Vaccination United Provinces of Agra and Oudh 1923-1928 - 1923-1928
Year: 1923
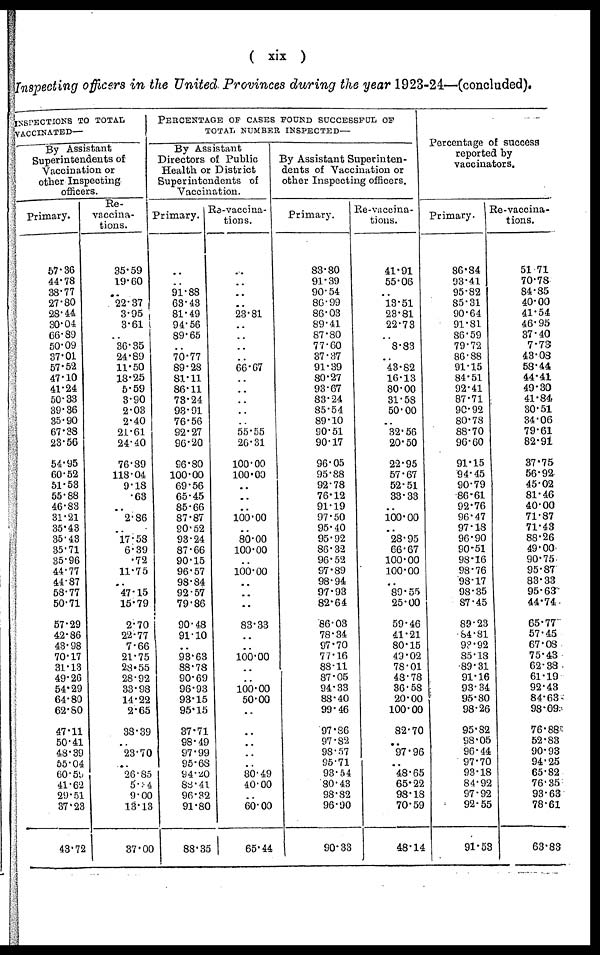
( xix )
Inspecting officers in the United Provinces during the year 1923-24—(concluded).
INSPECTIONS TO TOTAL
VACCINATED—
By Assistant
Superintendents of
Vaccination or
other Inspecting
officers.
Primary.
57.36
44.78
38.77
27.80
28.44
30.04
36.89
50.09
37.01
57.52
47.10
41.24
50.33
39.36
35.90
67.38
23.56
54.95
60.52
51.53
55.88
46.83
31.21
35.43
35.43
35.71
35.96
44.77
44.87
58.77
50.71
57.29
42.86
43.98
70.17
31.13
49.26
54.29
64.80
62.80
47.11
50.41
48.39
55.04
60.59
41.62
29.51
37.23
43.72
Re¬
vaccina¬
tions.
35.59
19.60
.. 22.37
3.95
3.61
.. 36.35
24.89
11.50
18.25
5.59
3.90
2.03
2.40
21.61
24.40
76.89
118.04
9.18
.63
.. 2.86
..
17.58
6.39
.72
11.75
.. 47.15
15.79
2.70
22.77
7.66
21.75
28.55
28.92
33.98
14.22
2.65
38.39
..
23.70
..
26.85
5.14
9.00
13.13
37.00
PERCENTAGE OF CASES FOUND SUCCESSFUL OF
TOTAL NUMBER INSPECTED—
By Assistant
Directors of Public
Health or District
Superintendents of
Vaccination.
Primary.
..
..
91.88
63.43
81.49
94.56
89.65
..
70.77
89.28
81.11
86.11
73.24
93.91
76.56
92.27
96.20
96.80
100.00
69.56
65.45
85.66
87.87
90.52
93.24
87.66
90.15
96.57
98.84
92.57
79.86
90.48
91.10
..
93.63
88.78
90.69
96.93
93.15
95.15
37.71
98.49
97.99
95.68
94.20
88.41
96. 32
91.80
88.35
Re¬vaccina¬
tions.
..
..
..
..
23.81
..
..
..
..
66.67
..
..
..
..
..
55.55
26.31
100.00
100.00
..
..
..
100.00
..
80.00
100.00
..
100.00
..
..
..
83.33
..
..
100.00
..
..
100.00
50.00
..
..
..
..
..
80.49
40.00
..
60.00
65.44
By Assistant Superinten-
dents of Vaccination or
other Inspecting officers.
Primary.
83.80
91.39
90.54
86.99
86.03
89.41
87.80
77.60
37.37
91.39
80.27
93.67
83.24
85.54
89.10
90.51
90.17
96.05
95.88
92.78
76.12
91.19
97.50
95.40
95.92
86.32
96.52
97.89
98.94
97.93
82.64
86.03
78.34
97.70
77.16
88.11
87.05
94.33
88.40
99.46
97.36
97.82
98 .57
95.71
93.54
80.43
98.82
96.90
90.33
Re-Vaccina¬
tions.
41.91
55.06
.. 13.51
23.81
22.73
..
8.83
.. 43.82
16.13
80.00
31.58
50.00
.. 32.56
20.50
22.95
57.67
52.51
33.33
..
100.00
.. 28.95
66.67
100.00
100.00
.. 89.55
25.00
59.46
41.21
80.15
49.02
78.01
48.78
36.58
20.00
100.00
82.70
.. 97.96
.. 48.65
65.22
98.18
70.59
48.14
Percentage of success
reported by
vaccinators.
Primary.
36.84
93.41
95.82
85.31
90.64
91.81
86.59
79.72
86.88
91.15
84.51
92.41
87.71
90.92
80.78
88.70
96.60
91.15
94.45
90.79
86.61
92.76
96.47
97.18
96.90
90.51
98.16
98.76
98.17
98.35
87.45
89.23
84.81
93.92
85.18
89.31
91.16
93.34
95.80
98.26
95.82
98.05
96.44
97.70
93.18
84.92
97.92
92.55
91.53
Re-vaccina¬
tions.
51.71
70.78
84.85
40.00
41.54
46.95
37.40
7.73
43.08
58.44
44.41
49.30
41.84
30.51
34.06
79.61
82.91
37.75
56.92
45.02
81.46
40.00
71.87
71.43
88.26
49.00
90.75
95.87
83.33
95.63
44.74
65.77
57.45
67.08
75.43
62.38
61.19
92.43
84.63
98.09
76.88
52.83
90.93
94.25
65.82
76.35
93.63
78.61
63.83